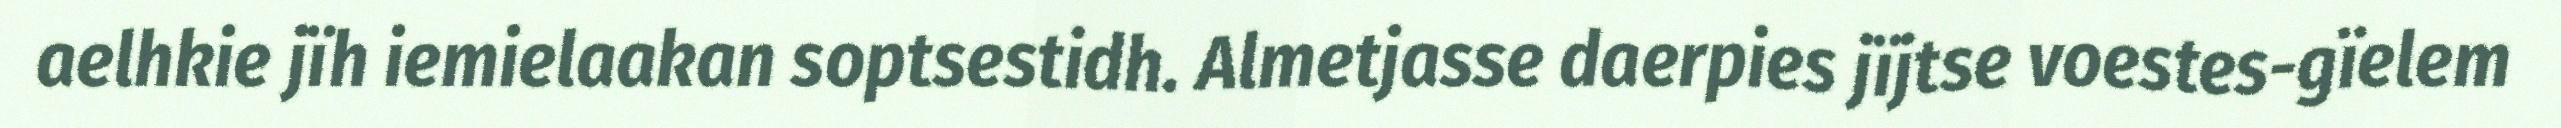
aelhkie jïh iemielaakan soptsestidh. Almetjasse daerpies jïjtse voestes-gïelem